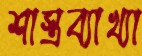
শাস্ত্রব্যাখ্যা